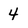
Character: 4